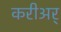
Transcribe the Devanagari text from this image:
करीअर्